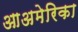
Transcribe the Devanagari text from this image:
आअमेरिका